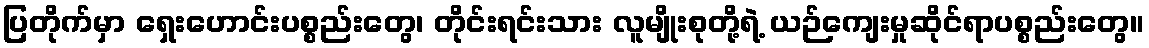
ပြတိုက်မှာ ရှေးဟောင်းပစ္စည်းတွေ၊ တိုင်းရင်းသား လူမျိုးစုတို့ရဲ့ ယဉ်ကျေးမှုဆိုင်ရာပစ္စည်းတွေ။